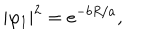
| \varphi _ { 1 } | ^ { 2 } = e ^ { - b R / a } ,